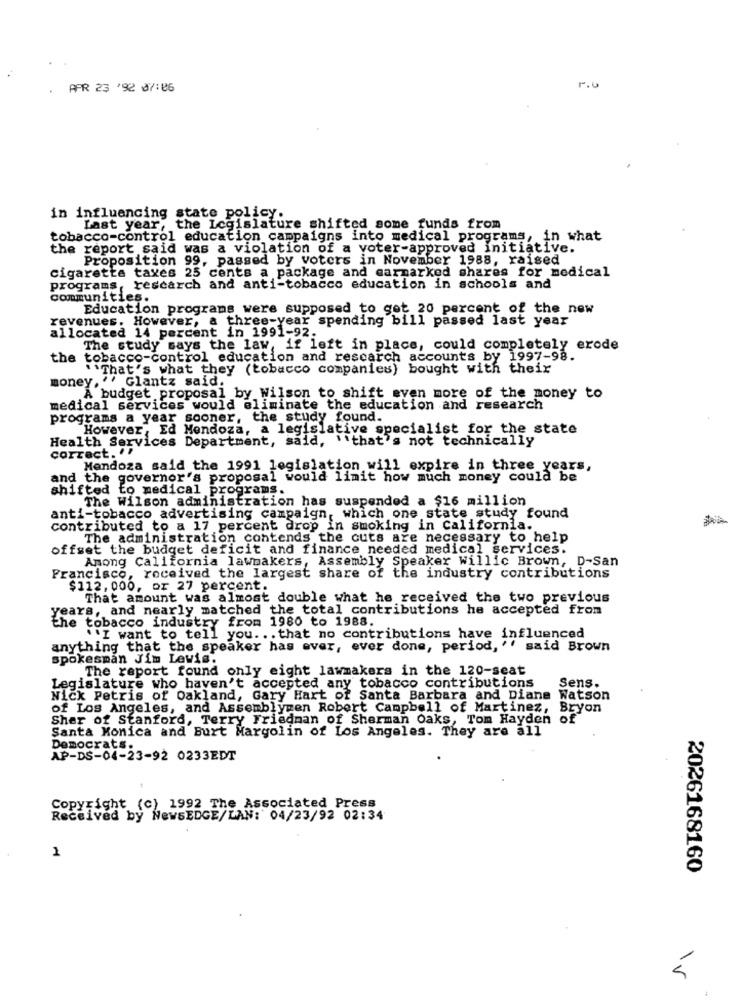
APR 23 '92 07:06
1.0
in influencing state policy.
Last year, the Legislature shifted some funds from
tobacco-control education campaigns into medical programs, in what
the report said was a violation of a voter-approved initiative.
Proposition 99, passed by voters in November 1988, raised
cigarette taxes 25 cents a package and carmarked shares for medical
programs, research and anti-tobacco education in schools and
communities.
Education programs were supposed to get 20 percent of the new
revenues. However, a three-year spending bill passed last year
allocated 14 percent in 1991-92.
The study says the law, if left in place, could completely erode
the tobacco-control education and research accounts by 1997-98.
""That's what they (tobacco companies) bought with their
money, '' Glantz said.
A budget proposal by Wilson to shift even more of the money to
medical services would eliminate the education and research
programs a year sooner, the study found.
However, Ed Mendoza, a legislative specialist for the state
Health Services Department, said, "that's not technically
correct. 17
Mendoza said the 1991 legislation will expire in three years,
and the governor's proposal would limit how much money could be
shifted to medical programs.
The Wilson administration has suspended a $16 million
anti-tobacco advertising campaign, which one state study found
contributed to a 17 percent drop in smoking in California.
The administration contends the cuts are necessary to help
offset the budget deficit and finance needed medical services.
Among California lawmakers, Assembly Speaker Willic Brown, D-San
Francisco, received the largest share of the industry contributions
$112, 000, or 27 percent.
That amount was almost double what he received the two previous
years, and nearly matched the total contributions he accepted from
the tobacco industry from 1980 to 1988.
"""I want to tell you ... that no contributions have influenced
anything that the speaker has ever, ever done, period, '' said Brown
spokesman Jím Levis.
The report found only eight lawmakers in the 120-seat
Legislature who haven't accepted any tobacco contributions
Sens.
Nick Petris of Oakland, Gary Hart of Santa Barbara and Diane Watson
of Los Angeles, and Assemblymen Robert Campbell of Martinez, Bryon
Sher of Stanford, Terry Friedman of Sherman Oaks, Tom Hayden of
Santa Monica and Burt Margolin of Los Angeles. They are all
Democrats.
AP-DS-04-23-92 0233EDT
Copyright (c) 1992 The Associated Press
Received by NewsEDGE/LAN: 04/23/92 02:34
1
2026168160
5